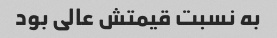
به نسبت قیمتش عالی بود